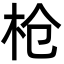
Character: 枪